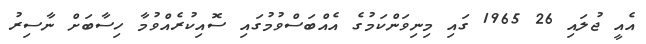
އެއީ ޖުލައި 26 1965 ގައި މިނިވަންކަމުގެ އެއްބަސްވުމުގައި ސޮއިކުރެއްވުމާ ހިސާބަށް ނާސިރު